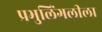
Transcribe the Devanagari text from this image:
प्रभुलिंगलीला